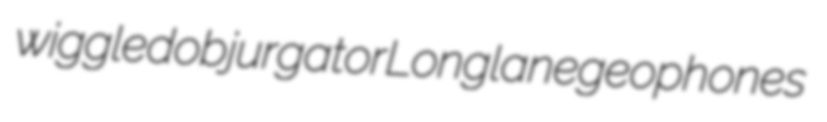
wiggled objurgator Longlane geophones